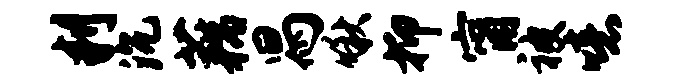
判沉藕舄啾抑甯被噫